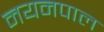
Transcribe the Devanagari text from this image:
नयनपाल